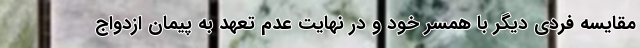
مقایسه فردی دیگر با همسر خود و در نهایت عدم تعهد به پیمان ازدواج